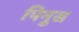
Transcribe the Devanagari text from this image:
पिनुस